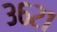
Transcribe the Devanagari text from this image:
३६२१